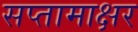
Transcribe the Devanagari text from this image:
सप्तामाक्षर